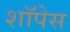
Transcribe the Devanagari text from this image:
शॉपेस